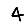
Digit: 4